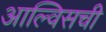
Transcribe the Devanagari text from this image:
आल्विसची